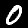
Label: 0